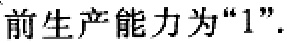
前生产能力为“1”.